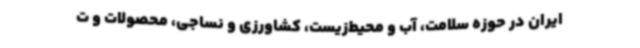
ایران در حوزه سلامت، آب و محیط‌زیست، کشاورزی و نساجی، محصولات و ت